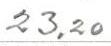
23,20